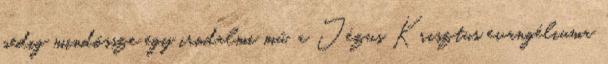
pedig mindössze egy irodalmi mű, a Jézus Krisztus evangéliuma